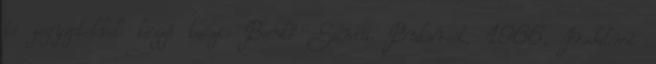
és jegyzetekkel közzé teszi: Benkő Samu. Bukarest, 1966. Irodalmi